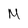
Character: M